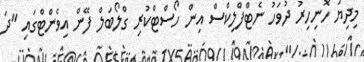
މިދިޔަ ހޮނިހިރު ދުވަހު ނެޓްފްލިކްސް އިން ހޯސްޓްކުރި ގްލޯބަލް ފޭން އިވެންޓްގައި "ދަ